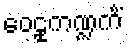
ဝေဠုကဏ္ဍကိံ